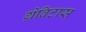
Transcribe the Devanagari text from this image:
ग्रेविटास